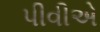
પીવીએ